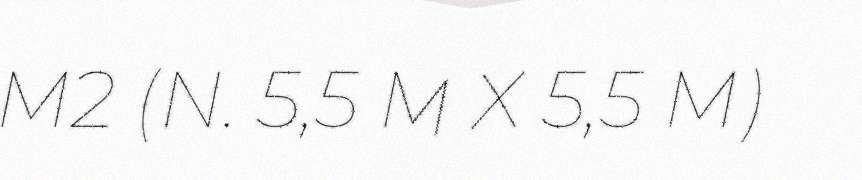
M2 (N. 5,5 M X 5,5 M)